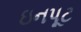
ઇનપૂટ